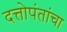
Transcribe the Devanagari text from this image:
दत्तोपंतांचा